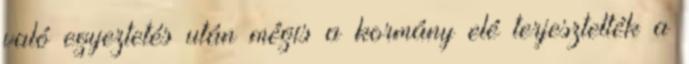
való egyeztetés után mégis a kormány elé terjesztették a